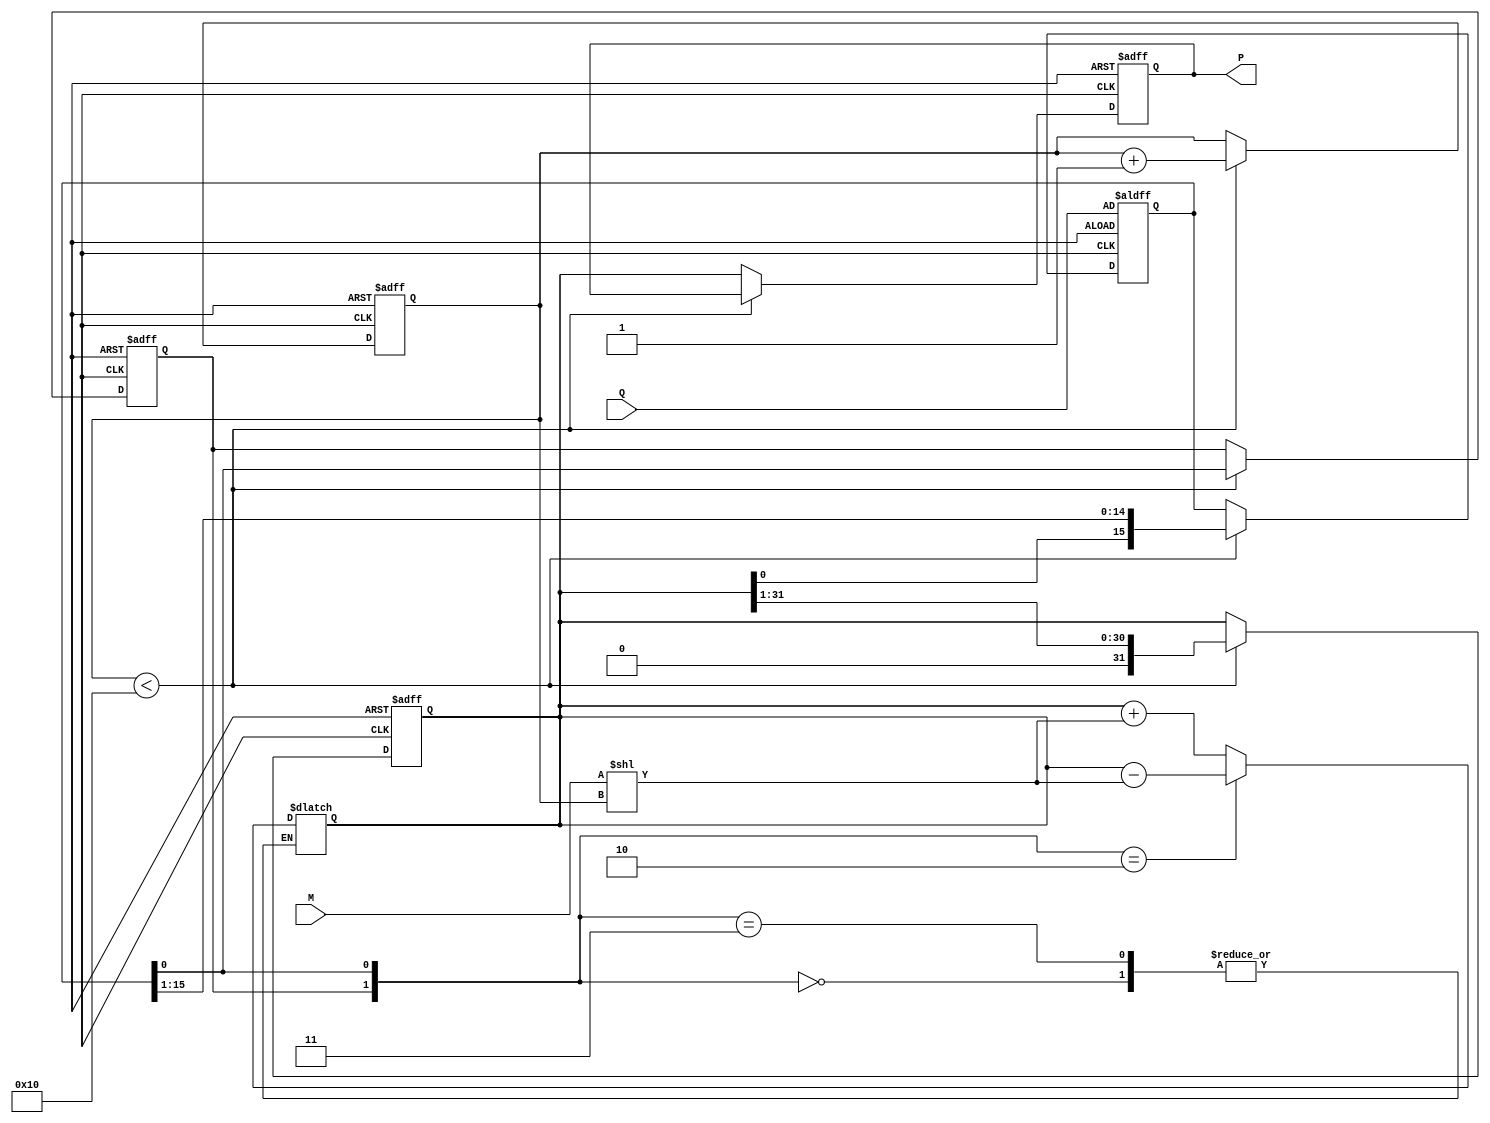
module modified_booth_multiplier (
    input signed [15:0] M,      // Multiplicand
    input signed [15:0] Q,      // Multiplier
    output reg signed [31:0] P   // Product
);

    reg signed [31:0] A;        // Accumulator
    reg [15:0] Q_reg;           // Shifted multiplier
    reg Q_1;                    // Previous bit of multiplier
    reg [4:0] count;            // Count for iterations

    // Booth Encoding Logic
    always @(*) begin
        case ({Q_1, Q_reg[0]})
            2'b00: A = A;                    // No operation
            2'b01: A = A + (M << count);     // Add multiplicand
            2'b10: A = A - (M << count);     // Subtract multiplicand
            2'b11: A = A;                    // No operation
        endcase
    end

    // Main Multiplication Process
    always @(posedge clk or negedge rst_n) begin
        if (!rst_n) begin
            P <= 0;
            A <= 0;
            Q_reg <= Q;
            Q_1 <= 0;
            count <= 0;
        end else begin
            if (count < 16) begin
                // Update previous bit
                Q_1 <= Q_reg[0];

                // Perform Booth Encoding and Accumulation
                A <= A; // Update A based on Booth Encoding logic

                // Shift right
                A <= A >> 1;
                Q_reg <= {A[0], Q_reg[15:1]}; // Shift Q_reg

                // Increment count
                count <= count + 1;
            end else begin
                // Final product
                P <= A;
            end
        end
    end

endmodule